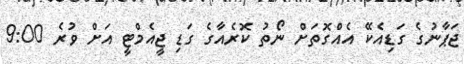
ޖަޕާނުގެ ގަޑިއެކޭ އެއްގޮތަށް ނޯތު ކޮރެއާގެ ގަޑި ޖީއެމްޓީ އަށް ވުރެ 9:00